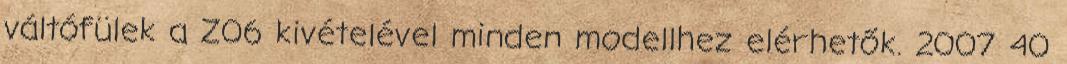
váltófülek a Z06 kivételével minden modellhez elérhetők. 2007 40